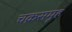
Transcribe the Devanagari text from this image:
चक्रसमूह